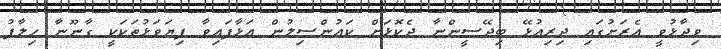
ވިދާޅުވީ އެރަށުގައި ދިރިއުޅޭ ބިދޭސީންނާ ދެކޮޅަށް ކައުންސިލުން އަޅާފައިވާ ފިޔަވަޅުތަކަކީ ގާނޫނާ ހިލާފު